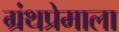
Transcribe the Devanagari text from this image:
ग्रंथप्रेमाला